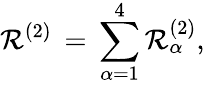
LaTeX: \mathcal{R}^{(2)}\, =\, \sum_{\alpha=1}^{4}\mathcal{R}_{\alpha}^{(2)},